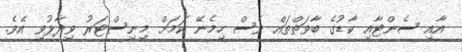
އާއި ސެންޓާއި ކާޑުގެ ބާވަތްތައް ވެސް ހިމެނޭ ކަމަށް މިނިސްޓަރު ވިދާޅުވި އެވެ.